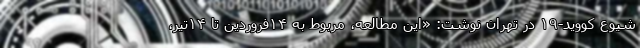
شیوع کووید-۱۹ در تهران نوشت: «این مطالعه، مربوط به ۱۴فروردین تا ۱۴تیر،